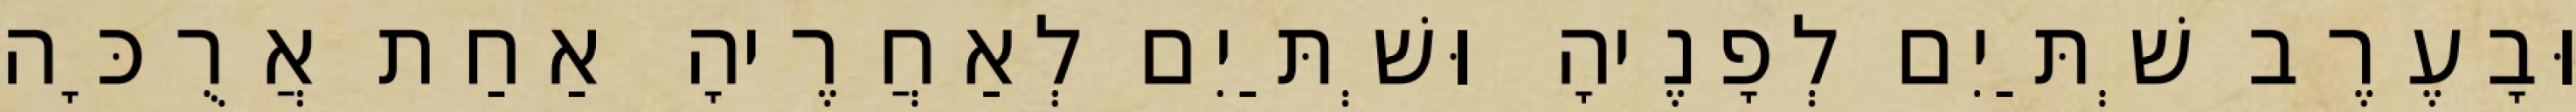
וּבָעֶרֶב שְׁתַּיִם לְפָנֶיהָ וּשְׁתַּיִם לְאַחֲרֶיהָ אַחַת אֲרֻכָּה